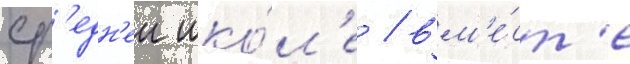
ср'едн'еи шко́л'е / вм'е́ст'е